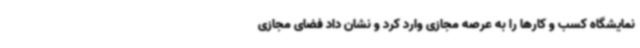
نمایشگاه کسب و کارها را به عرصه مجازی وارد کرد و نشان داد فضای مجازی